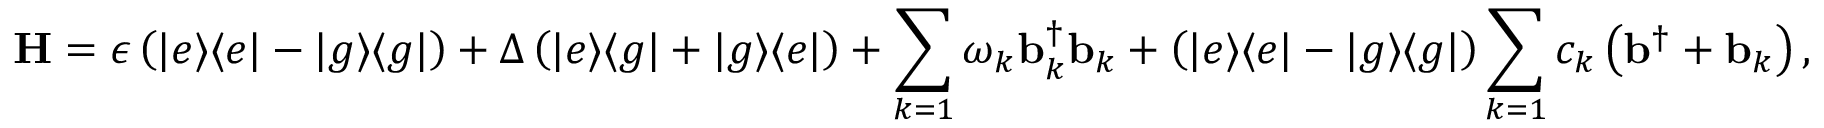
\mathbf { H } = \epsilon \left( | e \rangle \langle e | - | g \rangle \langle g | \right) + \Delta \left( | e \rangle \langle g | + | g \rangle \langle e | \right) + \sum _ { k = 1 } \omega _ { k } \mathbf { b } _ { k } ^ { \dagger } \mathbf { b } _ { k } + \left( | e \rangle \langle e | - | g \rangle \langle g | \right) \sum _ { k = 1 } c _ { k } \left( \mathbf { b } ^ { \dagger } + \mathbf { b } _ { k } \right) ,